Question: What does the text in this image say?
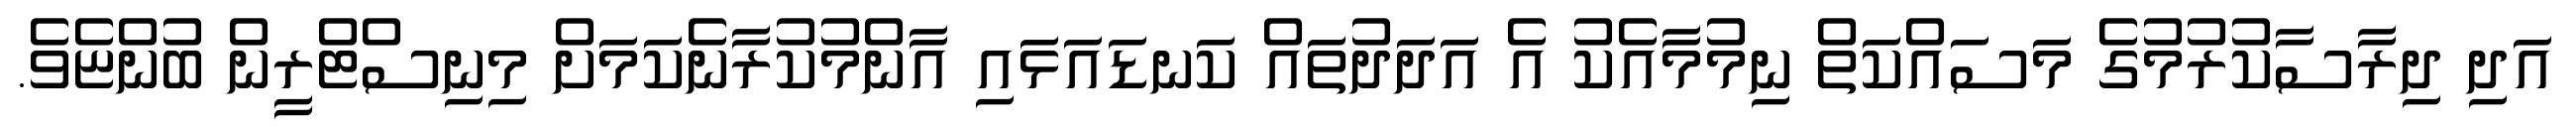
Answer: އަދި ދިރާސާކުރުމުގެ މަސައްކަތް ނިމުމާއެކު އެ އަދަދުތައް ކަނޑައަޅައި އާންމުކުރާނެކަމަށް މިނިސްޓްރީން ބުންޏެވެ.